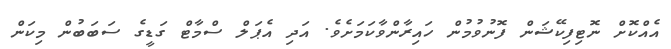
އެއްކޮށް ނޮޮޓިފިކޭޝަން ފޮނުވުމުން ހައިރާންވާކަމަށެވެ. އަދި އެޕަލް ސްމާޓް ގަޑީގެ ސަބަބުން މިކަން